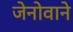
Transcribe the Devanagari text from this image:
जेनोवाने